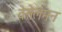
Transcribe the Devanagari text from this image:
वेसेलमन